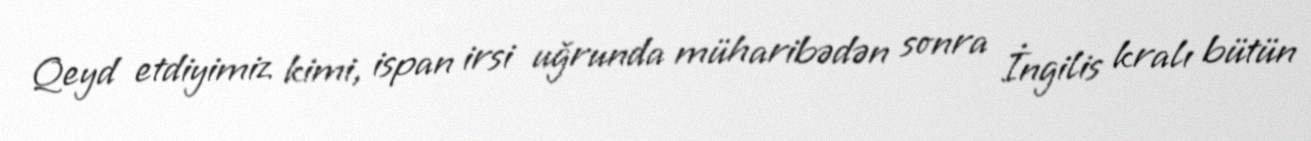
Qeyd etdiyimiz kimi, ispan irsi uğrunda müharibədən sonra İngilis kralı bütün